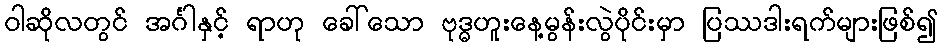
ဝါဆိုလတွင် အင်္ဂါနှင့် ရာဟု ခေါ်သော ဗုဒ္ဓဟူးနေ့မွန်းလွဲပိုင်းမှာ ပြဿဒါးရက်များဖြစ်၍